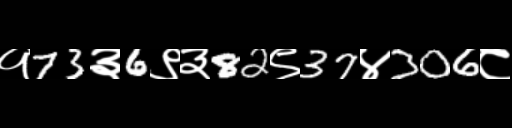
Text: १73३6९३82९37४306८